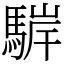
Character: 䮗